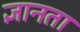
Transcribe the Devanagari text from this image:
ज्ञानता